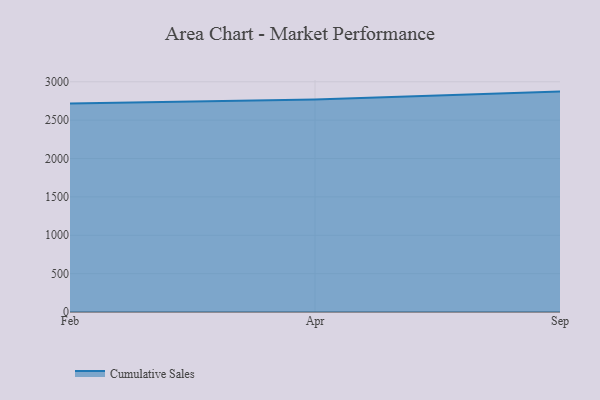
{"axis": {"x": "Month", "y": "Headcount"}, "legend": ["Cumulative Sales"], "data": [{"x": "Feb", "y": 2718.4, "type": "Cumulative Sales"}, {"x": "Apr", "y": 2768.1, "type": "Cumulative Sales"}, {"x": "Sep", "y": 2872.0, "type": "Cumulative Sales"}]}